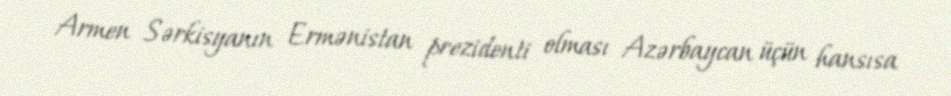
Armen Sərkisyanın Ermənistan prezidenti olması Azərbaycan üçün hansısa